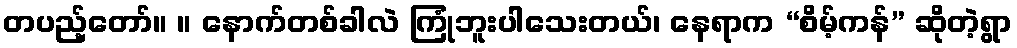
တပည့်တော်။ ။ နောက်တစ်ခါလဲ ကြုံဘူးပါသေးတယ်၊ နေရာက “စိမ့်ကန်” ဆိုတဲ့ရွာ